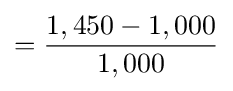
={\frac {1,450-1,000}{1,000}}